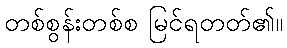
တစ်စွန်းတစ်စ မြင်ရတတ်၏။